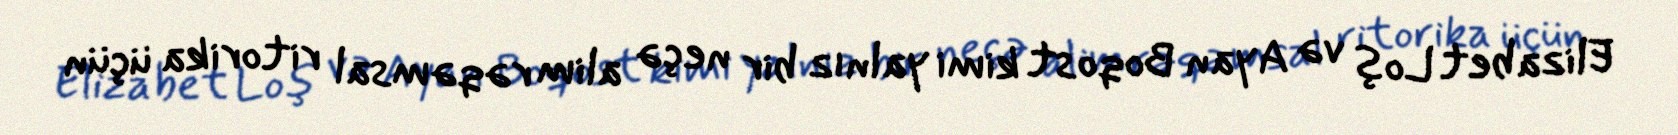
Elizabet Loş və Ayan Boqost kimi yalnız bir neçə alim rəqəmsal ritorika üçün